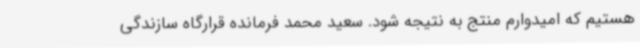
هستیم که امیدوارم منتج به نتیجه شود. سعید محمد فرمانده قرارگاه سازندگی